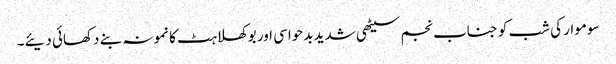
سوموار کی شب کو جناب نجم سیٹھی شدید بدحواسی اور بوکھلاہٹ کا نمونہ بنے دکھائی دیئے۔